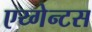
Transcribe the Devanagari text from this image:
एय्गेन्टस